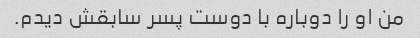
من او را دوباره با دوست پسر سابقش دیدم.